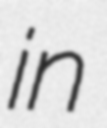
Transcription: in